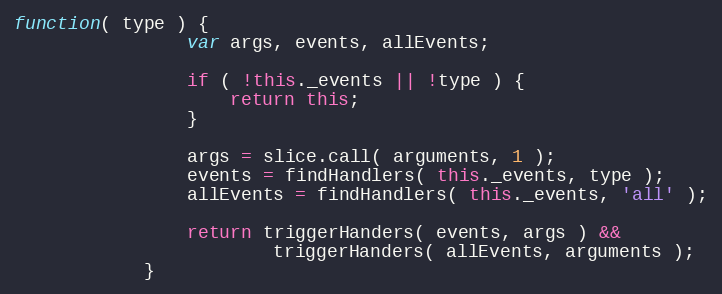
Language: JavaScript
function( type ) {
                var args, events, allEvents;

                if ( !this._events || !type ) {
                    return this;
                }

                args = slice.call( arguments, 1 );
                events = findHandlers( this._events, type );
                allEvents = findHandlers( this._events, 'all' );

                return triggerHanders( events, args ) &&
                        triggerHanders( allEvents, arguments );
            }